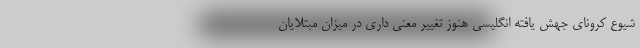
شیوع کرونای جهش یافته انگلیسی هنوز تغییر معنی داری در میزان مبتلایان